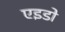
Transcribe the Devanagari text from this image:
एइडो